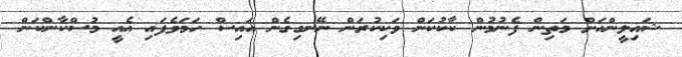
ޝައިލީންއަށް މަތިން ފެނުމުން ކާކުކަން ވަކިކުރަން ނޭނގިގެން އައިސް ހަމަވެފައި އެއީ މުސްކާންކަން